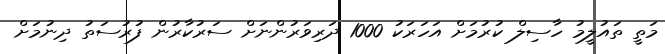
މަތީ ތައުލީމު ހާސިލް ކުރުމަށް އަހަރަކު 1000 ދަރިވަރުންނަށް ސަރުކާރުން ފުރުސަތު ދިނުމަށް